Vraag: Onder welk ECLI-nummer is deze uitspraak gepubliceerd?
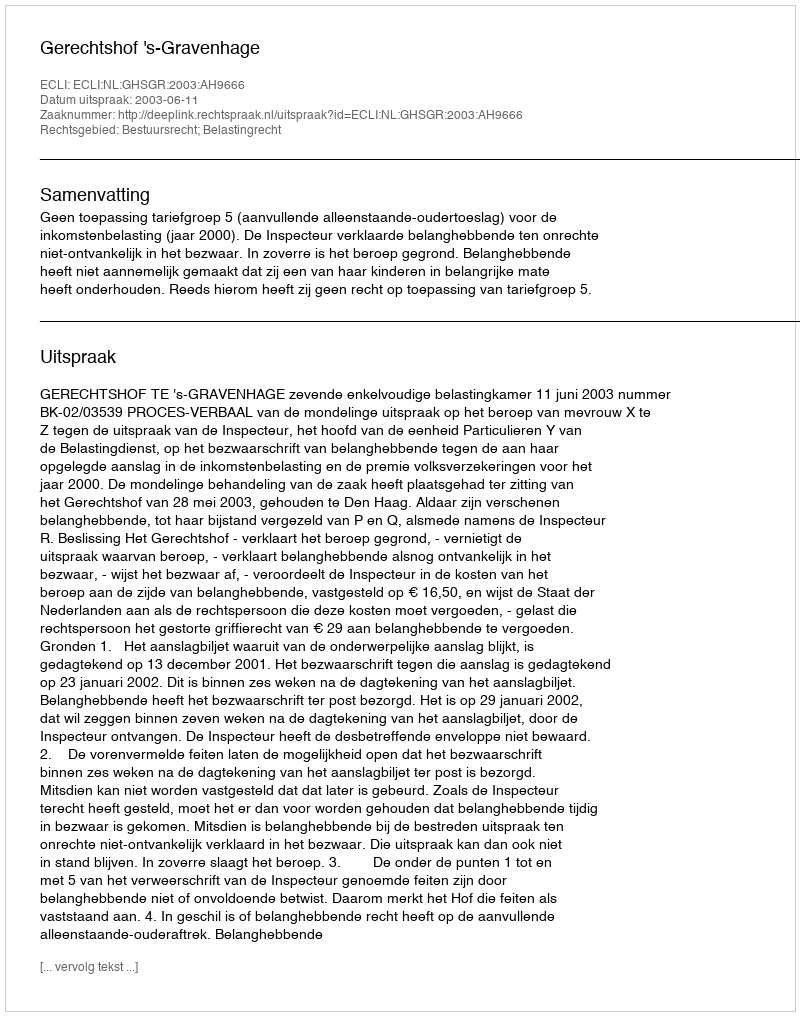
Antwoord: ECLI:NL:GHSGR:2003:AH9666